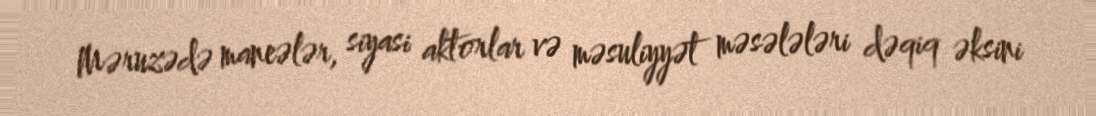
Məruzədə maneələr, siyasi aktorlar və məsuliyyət məsələləri dəqiq əksini